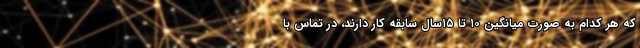
که هر کدام به صورت میانگین ۱۰ تا ۱۵سال سابقه کار دارند، در تماس با